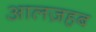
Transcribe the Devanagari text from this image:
आलज़हब